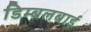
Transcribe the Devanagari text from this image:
डिम्बलबाई